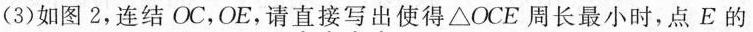
(3)如图2，连结OC，OE，请直接写出使得△OCE周长最小时，点E的坐标。